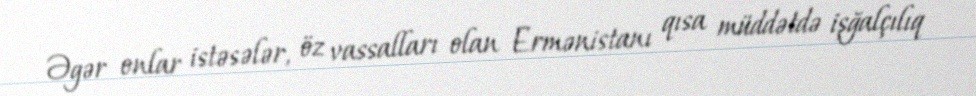
Əgər onlar istəsələr, öz vassalları olan Ermənistanı qısa müddətdə işğalçılıq